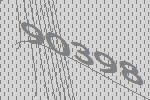
90398